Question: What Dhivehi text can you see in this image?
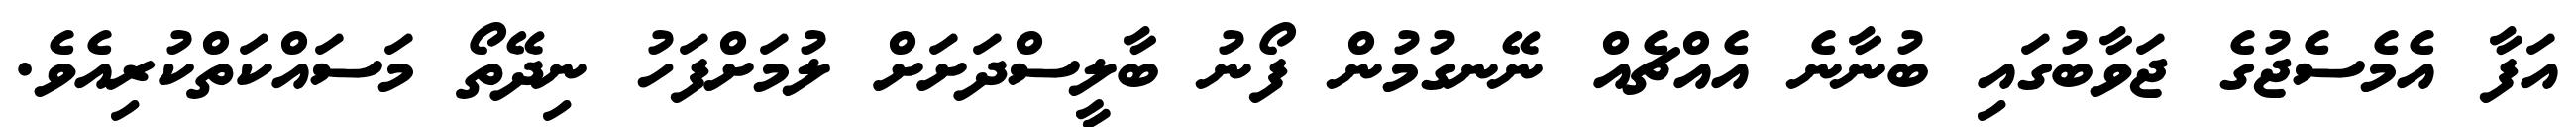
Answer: އަފާ އެމެސެޖުގެ ޖަވާބުގައި ބުނާނެ އެއްޗެއް ނޭނގުމުން ފޯނު ބާލީސްދަށަށް ލުމަށްފަހު ނިދޭތޯ މަސައްކަތްކުރިއެވެ.